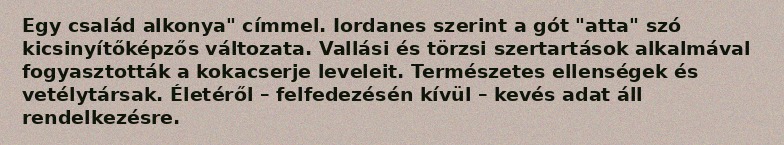
Egy család alkonya" címmel. Iordanes szerint a gót "atta" szó kicsinyítőképzős változata. Vallási és törzsi szertartások alkalmával fogyasztották a kokacserje leveleit. Természetes ellenségek és vetélytársak. Életéről – felfedezésén kívül – kevés adat áll rendelkezésre.